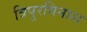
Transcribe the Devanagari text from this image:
त्रिपुरविनाश